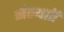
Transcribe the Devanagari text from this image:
संस्थाऍं